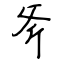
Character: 斧